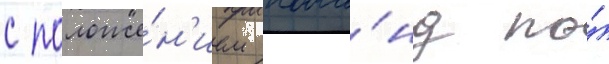
с положе́н'ием кома́нд по́